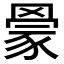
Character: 𰭒